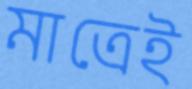
মাত্রেই